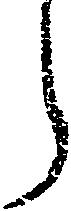
ら